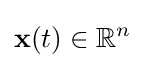
\mathbf {x} (t)\in \mathbb {R} ^{n}